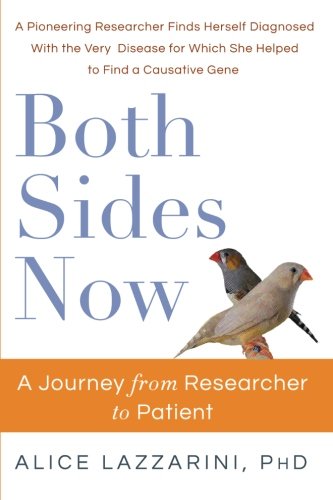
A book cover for Both Sides Now: A Journey From Researcher to Patient; Dr. Alice Lazzarini; Health, Fitness & Dieting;